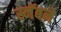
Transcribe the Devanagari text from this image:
स्नॅबने